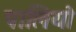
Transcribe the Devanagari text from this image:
पालियो